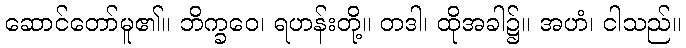
ဆောင်တော်မူ၏။ ဘိက္ခဝေ၊ ရဟန်းတို့။ တဒါ၊ ထိုအခါ၌။ အဟံ၊ ငါသည်။